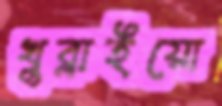
খুব্‌লাইয়ো